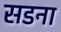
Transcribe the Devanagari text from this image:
सडना